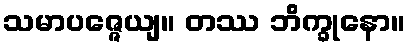
သမာပဇ္ဇေယျ။ တဿ ဘိက္ခုနော။